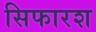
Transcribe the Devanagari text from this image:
सिफारश